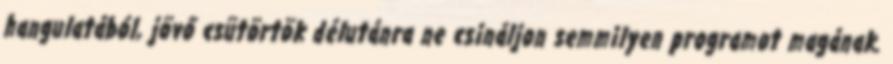
hangulatából, jövő csütörtök délutánra ne csináljon semmilyen programot magának.